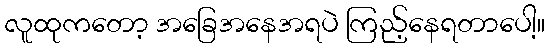
လူထုကတော့ အခြေအနေအရပဲ ကြည့်နေရတာပေါ့။